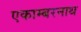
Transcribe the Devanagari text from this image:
एकाम्बरनाथ